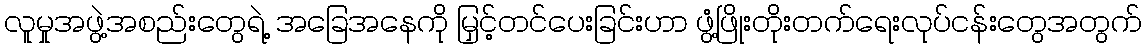
လူမှုအဖွဲ့အစည်းတွေရဲ့ အခြေအနေကို မြှင့်တင်ပေးခြင်းဟာ ဖွံ့ဖြိုးတိုးတက်ရေးလုပ်ငန်းတွေအတွက်